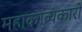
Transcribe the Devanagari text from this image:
महाकाव्यकारों